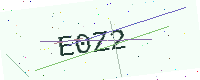
Text: E0Z2